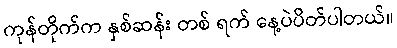
ကုန်တိုက်က နှစ်ဆန်း တစ် ရက် နေ့ပဲပိတ်ပါတယ်။